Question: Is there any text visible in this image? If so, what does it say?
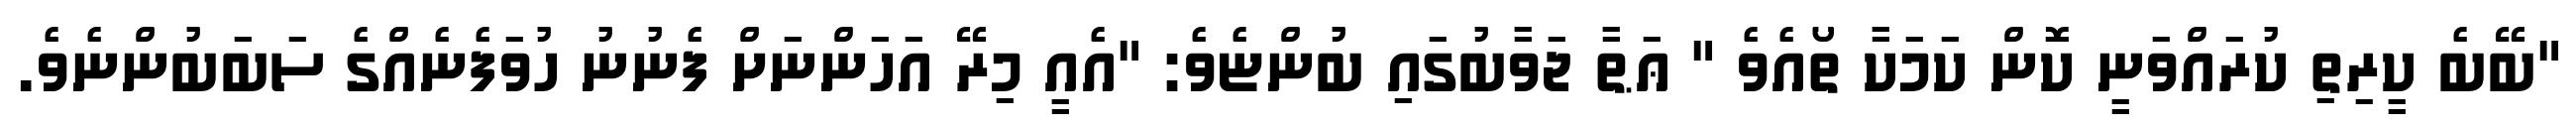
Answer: "ބޭބެ ކީރިތި ކުރައްވަނީ ކޮން ކަމަކާ ތޯއެވެ " ޢަޠާ ޖަވާބުގައި ބުންޏެވެ: "އެއީ މިރޭ އަހަންނަށް ފެނުނު ހުވަފެނެއްގެ ސަބަބުންނެވެ.